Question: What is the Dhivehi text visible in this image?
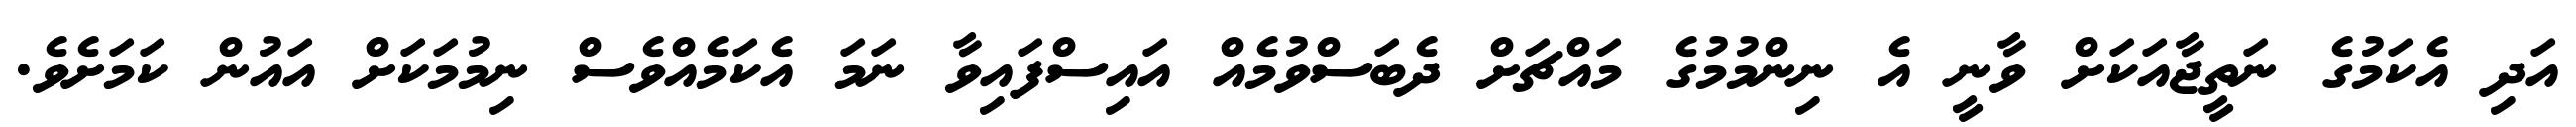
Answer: އަދި އެކަމުގެ ނަތީޖާއަކަށް ވާނީ އެ ނިންމުމުގެ މައްޗަށް ދެބަސްވުމެއް އައިސްފައިވާ ނަމަ އެކަމެއްވެސް ނިމުމަކަށް އައުން ކަމަށެވެ.